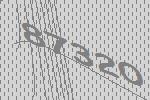
87320